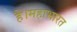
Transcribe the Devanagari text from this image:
है।महाभारत